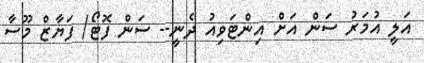
އަލީ އުމަރު ސަން އަށް އިންޓަވިއު ދެނީ-- ސަން ފޮޓޯ/ ފަޔާޒް މޫސާ